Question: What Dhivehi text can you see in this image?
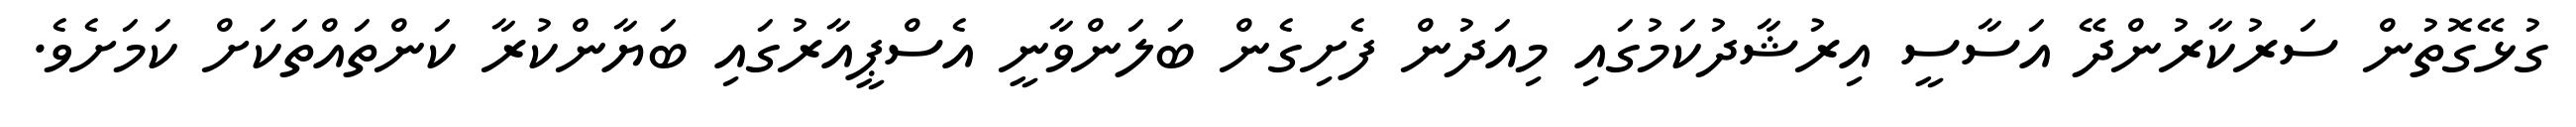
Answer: ގުޅޭގޮތުން ސަރުކާރުންދޭ އަސާސީ އިރުޝާދުކަމުގައި މިއަދުން ފެށިގެން ބަލަންވާނީ އެސްޕީއާރުގައި ބަޔާންކުރާ ކަންތައްތަކަށް ކަމަށެވެ.